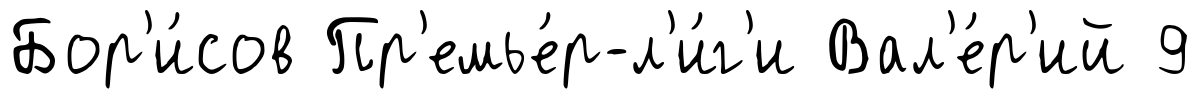
Бор'и́сов Пр'емье́р-л'и́г'и Вал'е́р'ий 9